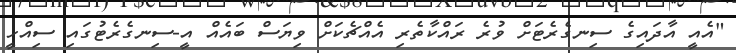
"އެއީ އާދައިގެ ސިނގެރެޓަށް ވުރެ ރައްކާތެރި އެއްޗެކަށް ވިޔަސް ބައެއް އީ-ސިނގެރެޓުގައި ސިއްހީ